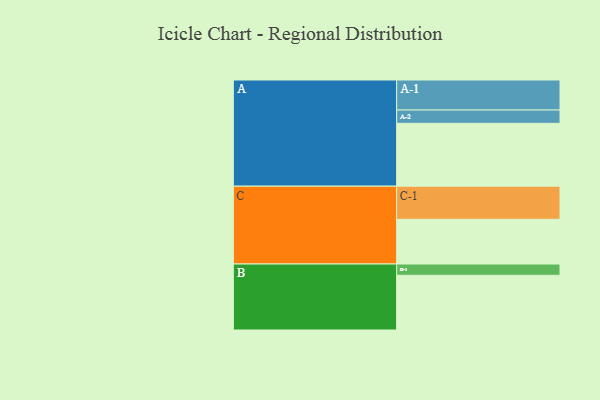
{"axis": {"x": "Segment", "y": "Value"}, "legend": ["", "A", "B", "C"], "data": [{"x": "A", "y": 547, "type": ""}, {"x": "B", "y": 476, "type": ""}, {"x": "C", "y": 389, "type": ""}, {"x": "A-1", "y": 261, "type": "A"}, {"x": "A-2", "y": 116, "type": "A"}, {"x": "B-1", "y": 98, "type": "B"}, {"x": "C-1", "y": 288, "type": "C"}]}